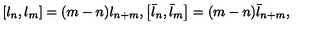
\left[ l _ { n } , l _ { m } \right] = ( m - n ) l _ { n + m } , \left[ \bar { l } _ { n } , \bar { l } _ { m } \right] = ( m - n ) \bar { l } _ { n + m } ,